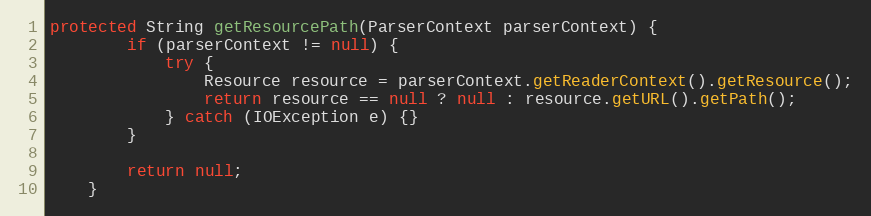
Language: Java
protected String getResourcePath(ParserContext parserContext) {
        if (parserContext != null) {
            try {
                Resource resource = parserContext.getReaderContext().getResource();
                return resource == null ? null : resource.getURL().getPath();
            } catch (IOException e) {}
        }

        return null;
    }